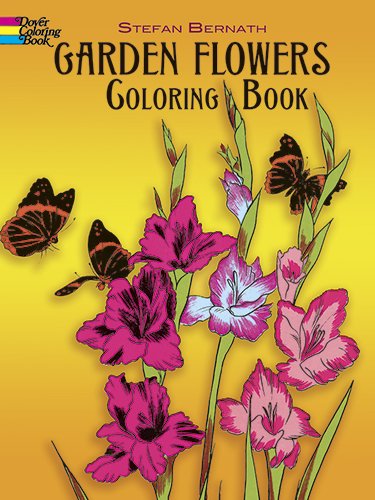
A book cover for Garden Flowers Coloring Book (Dover Nature Coloring Book); Stefen Bernath; Crafts, Hobbies & Home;